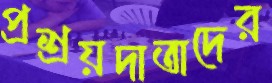
প্রশ্রয়দাতাদের